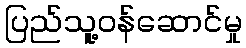
ပြည်သူ့ဝန်ဆောင်မှု